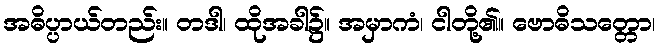
အဓိပ္ပာယ်တည်း။ တဒါ၊ ထိုအခါ၌။ အမှာကံ၊ ငါတို့၏။ ဗောဓိသတ္တော၊